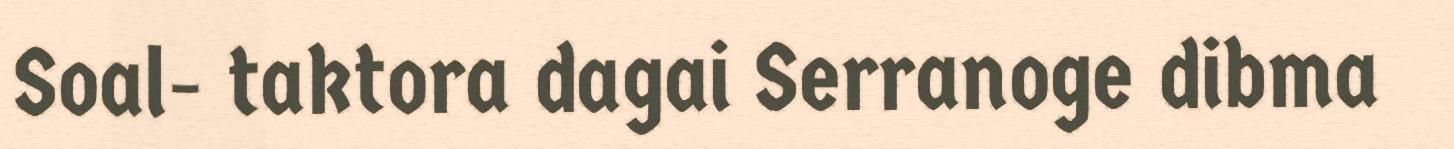
Soal- taktora dagai Serranoge dibma